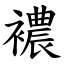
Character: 襛